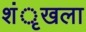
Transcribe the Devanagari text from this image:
शंृखला